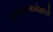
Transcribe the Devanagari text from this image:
काळगणनेमध्ये